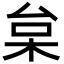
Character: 枲